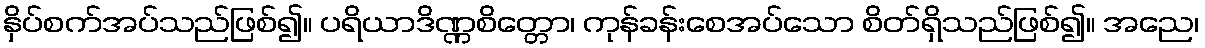
နှိပ်စက်အပ်သည်ဖြစ်၍။ ပရိယာဒိဏ္ဏစိတ္တော၊ ကုန်ခန်းစေအပ်သော စိတ်ရှိသည်ဖြစ်၍။ အညေ၊